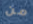
من